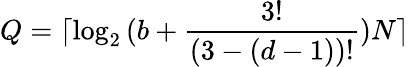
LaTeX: Q=\lceil\log_{2}{(b+\frac{3!}{(3-(d-1))!})N}\rceil